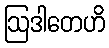
ဩဒါတေဟိ